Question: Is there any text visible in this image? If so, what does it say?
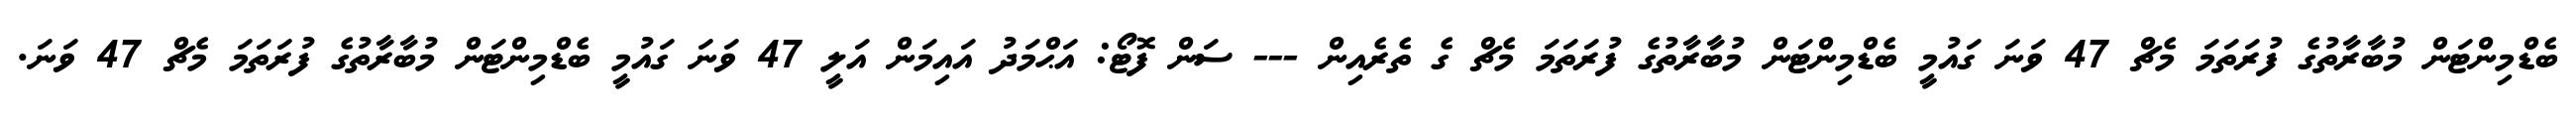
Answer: ބެޑްމިންޓަން މުބާރާތުގެ ފުރަތަމަ މެޗް 47 ވަނަ ގައުމީ ބެޑްމިންޓަން މުބާރާތުގެ ފުރަތަމަ މެޗް ގެ ތެރެއިން --- ސަން ފޮޓޯ: އަޙްމަދު އައިމަން އަލީ 47 ވަނަ ގައުމީ ބެޑްމިންޓަން މުބާރާތުގެ ފުރަތަމަ މެޗް 47 ވަނަ.